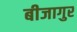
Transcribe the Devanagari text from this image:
बीजागुर